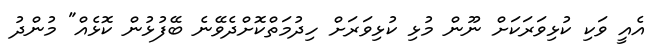
އެއީ ވަކި ކުޅިވަރަކަށް ނޫން މުޅި ކުޅިވަރަށް ހިދުމަތްކޮށްދެވޭނެ ބޭފުޅުން ކޮޅެއް" މުންދު